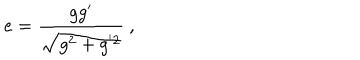
LaTeX: e = \frac { g g ^ { \prime } } { \sqrt { g ^ { 2 } + g ^ { ' 2 } } } \ ,